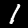
Digit: 1